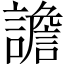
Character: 譫